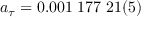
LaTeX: a _ { \tau } = 0 . 0 0 1 \; 1 7 7 \; 2 1 ( 5 )